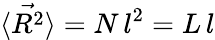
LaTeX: \langle{\vec{R^{2}}}\rangle=N\, l^{2}=L\, l